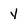
Character: y